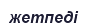
жетпеді